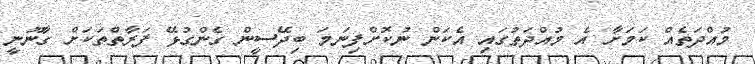
މުއްދަތެއް ކަމަށާ އެ މުއްދަތުގައި އެކަން ނުކޮށްފިނަމަ ބިދޭސީން ގެންގުޅޭ ފަރާތްތަކަށް ގާނޫނީ